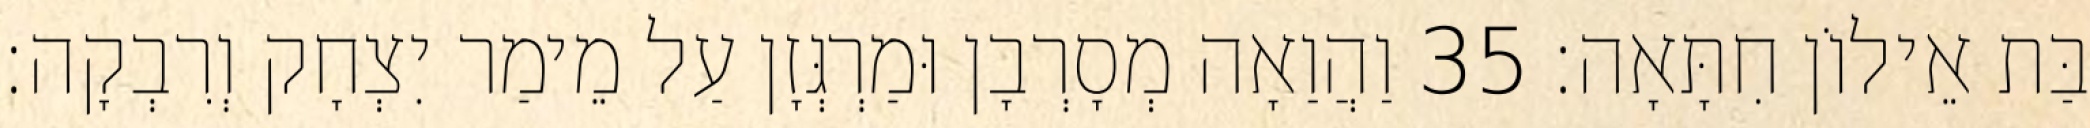
בַּת אֵילוֹן חִתָּאָה׃ 35 וַהֲוַאָה מְסָרְבָן וּמַרְגְּזָן עַל מֵימַר יִצְחָק וְרִבְקָה׃